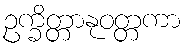
ဥက္ခိတ္တာနုဝတ္တကာ